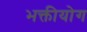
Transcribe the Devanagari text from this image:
भक्तीयोग